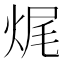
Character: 𤈦